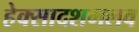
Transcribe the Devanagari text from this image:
हेक्सादशमलव